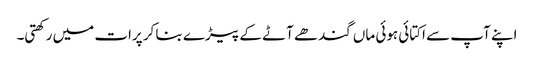
اپنے آپ سے اکتائی ہوئی ماں گندھے آٹے کے پیڑے بنا کر پرات میں رکھتی۔